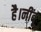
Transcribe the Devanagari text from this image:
है।नींबू